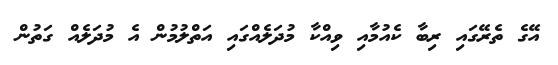
އޭގެ ތެރޭގައި ރިބާ ކެއުމާއި ވިއްކާ މުދަލެއްގައި އަތްލުމުން އެ މުދަލެއް ގަތުން